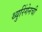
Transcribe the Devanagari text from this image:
थ्युरिंगेनची